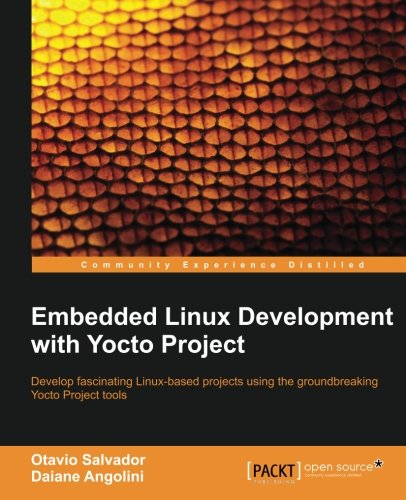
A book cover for Embedded Linux Development with Yocto Project; Otavio Salvador; Computers & Technology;